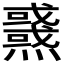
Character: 𤒜